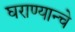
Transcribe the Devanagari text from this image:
घराण्यान्चे